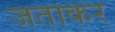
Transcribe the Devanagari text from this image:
जताकर